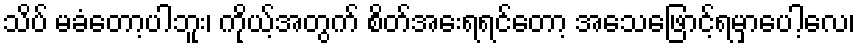
သိပ် မခံတော့ပါဘူး၊ ကိုယ့်အတွက် စိတ်အေးရရင်တော့ အသေဖြောင့်ရမှာပေါ့လေ၊